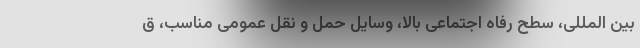
بین المللی، سطح رفاه اجتماعی بالا، وسایل حمل و نقل عمومی مناسب، ق